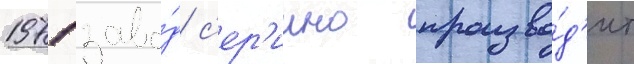
1971 заво́д с'ер'иино произво́д'ит